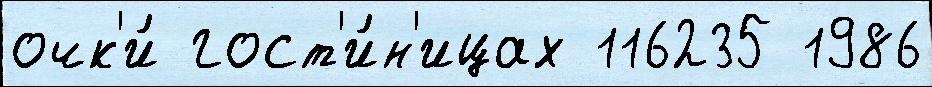
очк'и́ гост'и́н'ицах 116235 1986